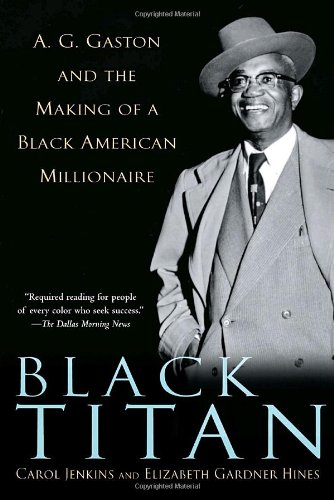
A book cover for Black Titan: A.G. Gaston and the Making of a Black American Millionaire; Carol Jenkins; Law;